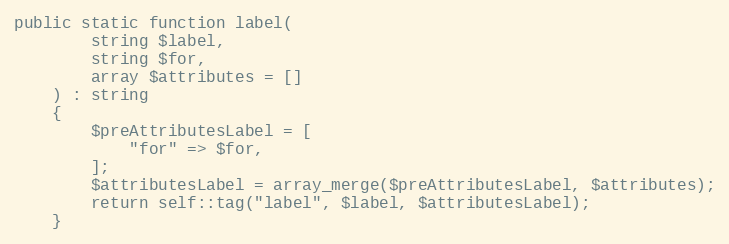
Language: PHP
public static function label(
        string $label,
        string $for,
        array $attributes = []
    ) : string
    {
        $preAttributesLabel = [
            "for" => $for,
        ];
        $attributesLabel = array_merge($preAttributesLabel, $attributes);
        return self::tag("label", $label, $attributesLabel);
    }